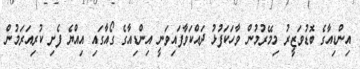
އިންޑިއާގެ ބޮޑުވަޒީރު މިމޭރުމުން ވާހަކަފުޅު ދައްކަވާފައިވަނީ އިންޑިއާގެ ގޯއާގައި އިއްޔެ ފެށި ކުރިއަރަމުން